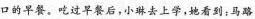
口的早餐。吃过早餐后，小琳去上学，她看到：马路